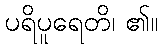
ပရိပူရေတိ၊ ၏။